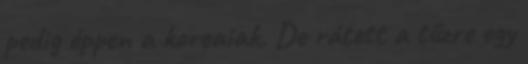
pedig éppen a koreaiak. De rátett a tűzre egy